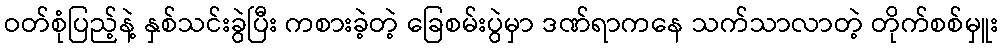
ဝတ်စုံပြည့်နဲ့ နှစ်သင်းခွဲပြီး ကစားခဲ့တဲ့ ခြေစမ်းပွဲမှာ ဒဏ်ရာကနေ သက်သာလာတဲ့ တိုက်စစ်မှူး